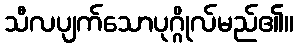
သီလပျက်သောပုဂ္ဂိုလ်မည်၏။